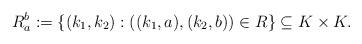
LaTeX: \begin{align*}R_a^b:=\{(k_1,k_2):((k_1,a),(k_2,b))\in R\}\subseteq K\times K.\end{align*}